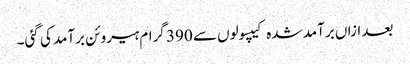
بعد ازاں برآمد شدہ کیپسولوں سے 390 گرام ہیروئن برآمد کی گئی۔